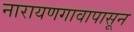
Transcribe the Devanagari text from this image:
नारायणगावापासून